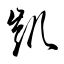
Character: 凱